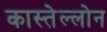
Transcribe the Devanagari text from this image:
कास्तेल्लोन